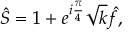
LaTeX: \hat { S } = 1 + e ^ { i \frac { \pi } { 4 } } \sqrt { k } \hat { f } ,